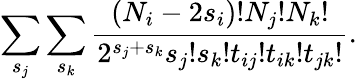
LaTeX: \sum_{s_{j}}\sum_{s_{k}}\frac{(N_{i}-2s_{i})!N_{j}!N_{k}!}{2^{s_{j}+s_{k}}s_{j}!s_{k}!t_{ij}!t_{ik}!t_{jk}!}.